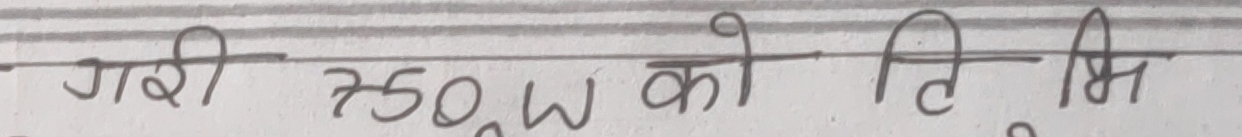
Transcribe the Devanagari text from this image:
गरी 750W को ति मि